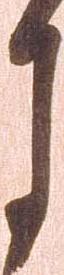
月